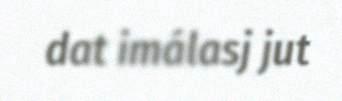
dat imálasj jut